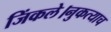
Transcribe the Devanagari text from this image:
जिंकले।नुकत्याच